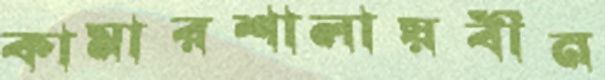
কামারশালায়বীন